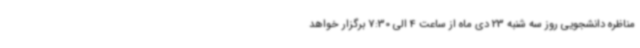
مناظره دانشجویی روز سه شنبه 23 دی ماه از ساعت 4 الی 7:30 برگزار خواهد